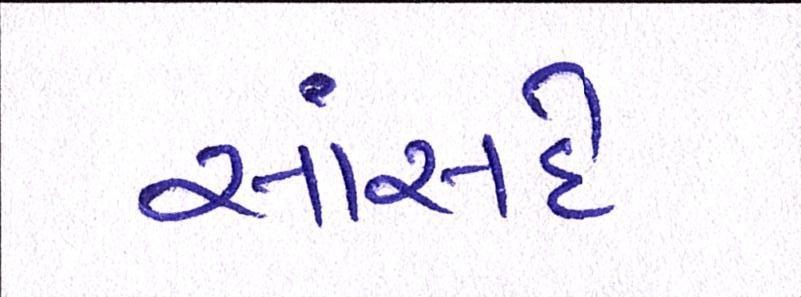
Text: સાંસદે